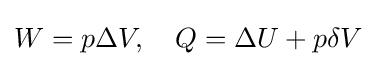
W=p\Delta V,\quad Q=\Delta U+p\delta V